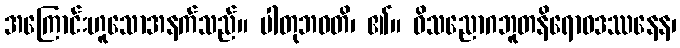
အကြောင်းဟူသောအနက်သည်။ ပါတုဘဝတိ၊ ၏။ ဝိသညောဂဘူတနိရောဓဒဿနေန၊